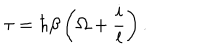
\tau = \hbar \beta \left( \Omega + \frac { i } { l } \right) .